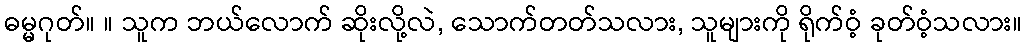
ဓမ္မဂုတ်။ ။ သူက ဘယ်လောက် ဆိုးလို့လဲ, သောက်တတ်သလား, သူများကို ရိုက်ဝံ့ ခုတ်ဝံ့သလား။